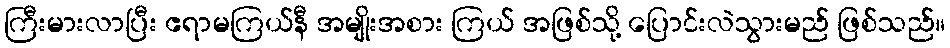
ကြီးမားလာပြီး ဧရာမကြယ်နီ အမျိုးအစား ကြယ် အဖြစ်သို့ ပြောင်းလဲသွားမည် ဖြစ်သည်။